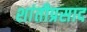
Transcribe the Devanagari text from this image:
शांतीप्रसाद